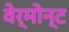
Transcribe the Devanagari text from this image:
वेर्मोन्ट